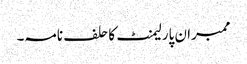
ممبران پارلیمنٹ کا حلف نامہ۔